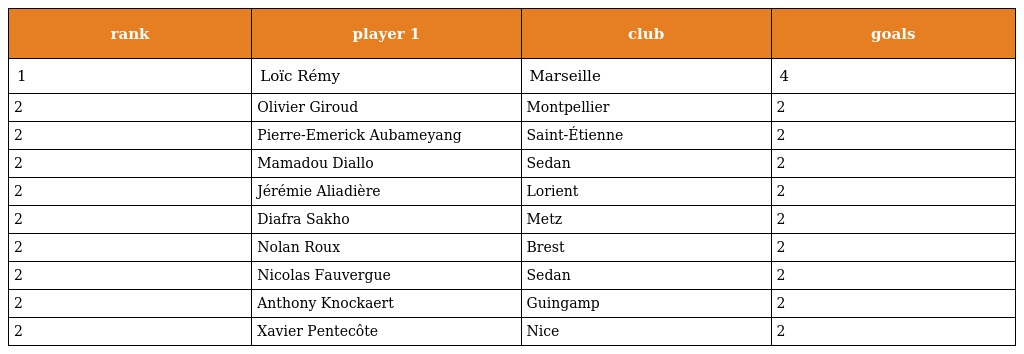
| rank | player 1 | club | goals |
 | --- | --- | --- | --- |
 | 1 | Loïc Rémy | Marseille | 4 |
 | 2 | Olivier Giroud | Montpellier | 2 |
 | 2 | Pierre-Emerick Aubameyang | Saint-Étienne | 2 |
 | 2 | Mamadou Diallo | Sedan | 2 |
 | 2 | Jérémie Aliadière | Lorient | 2 |
 | 2 | Diafra Sakho | Metz | 2 |
 | 2 | Nolan Roux | Brest | 2 |
 | 2 | Nicolas Fauvergue | Sedan | 2 |
 | 2 | Anthony Knockaert | Guingamp | 2 |
 | 2 | Xavier Pentecôte | Nice | 2 |